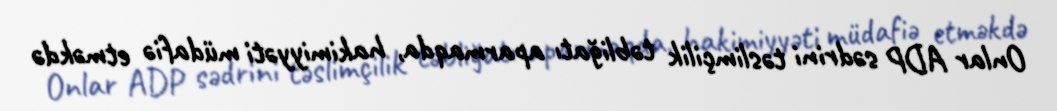
Onlar ADP sədrini təslimçilik təbliğatı aparmaqda, hakimiyyəti müdafiə etməkdə